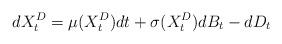
LaTeX: \begin{align*}dX^D_t=\mu(X^D_t)dt+\sigma(X^D_t)dB_t-dD_t\end{align*}